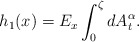
\begin{align*}h_{1}(x)=E_{x}\int_{0}^{\zeta}dA_{t}^{\alpha}.\end{align*}